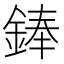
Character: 𫒩